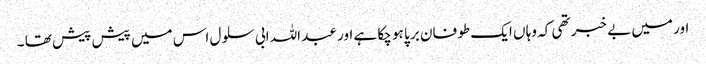
اور میں بے خبر تھی کہ وہا ں ایک طو فان بر پا ہو چکا ہے اور عبد اللہ ابی سلو ل اس میں پیش پیش تھا ۔